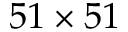
5 1 \times 5 1